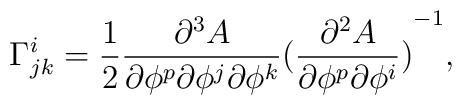
\Gamma^i_{jk}= \frac{1}{2}\frac{\partial^3 A}{\partial \phi^p \partial \phi^j \partial \phi^k}{(\frac{\partial^2 A}{\partial \phi^p \partial \phi^i})}^{-1} ,